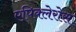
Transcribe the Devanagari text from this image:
एपिक्लेरोस